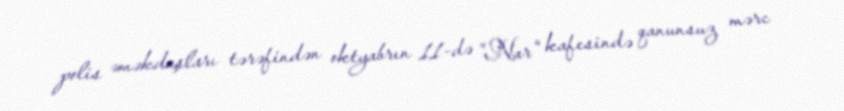
polis əməkdaşları tərəfindən oktyabrın 11-də "Nar" kafesində qanunsuz mərc